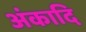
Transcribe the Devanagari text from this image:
अंकादि